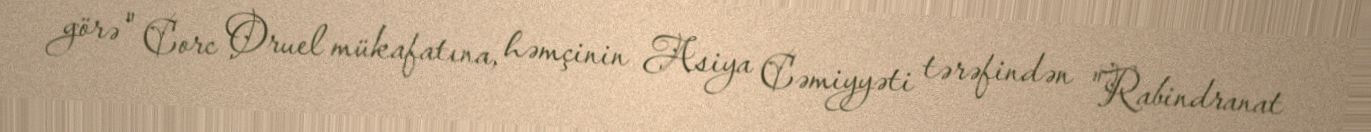
görə" Corc Oruel mükafatına, həmçinin Asiya Cəmiyyəti tərəfindən "Rabindranat